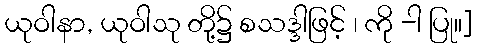
ယုဝါနာ, ယုဝါသု တို့၌ စသဒ္ဒါဖြင့် ၊ ကို -ါ ပြု။]